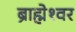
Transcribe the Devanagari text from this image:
ब्राह्मेश्‍वर